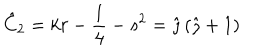
\hat { C } _ { 2 } = k r - \frac { 1 } { 4 } - s ^ { 2 } = \hat { \jmath } \left( \hat { \jmath } + 1 \right)